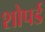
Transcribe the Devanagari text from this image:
शोपर्ड